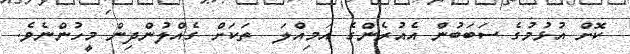
ކޮށް އުޅުމުގެ ސަބަބުން އެއުރެންގެ އަމިއްލަ  ތަކަށް ގެއްލުންދިން މީހުންނެވެ.